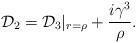
LaTeX: \begin{align*}{\cal D}_2={\cal D}_3|_{r={\rho}}+\frac{i{\gamma}^3}{\rho}.\end{align*}